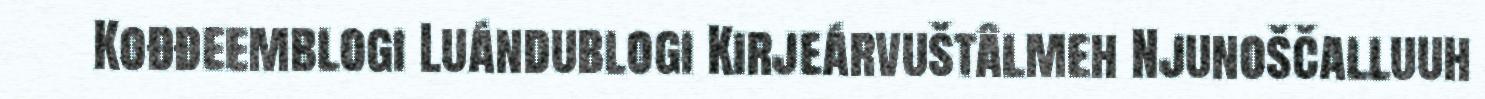
Kođđeemblogi Luándublogi Kirjeárvuštâlmeh Njunoščalluuh